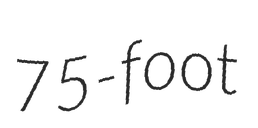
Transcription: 75-foot